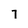
Character: 7